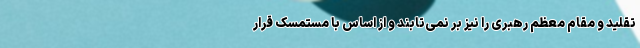
تقلید و مقام معظم رهبری را نیز بر نمی‌‌تابند و از اساس با مستمسک قرار